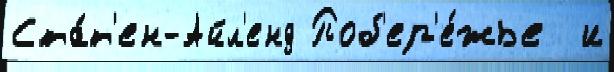
Ста́т'ен-Айл'енд Поб'ер'е́жье  и